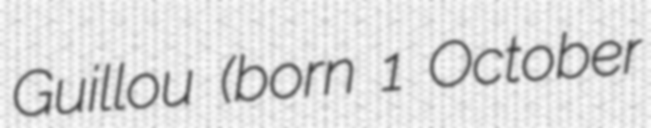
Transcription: Guillou (born 1 October